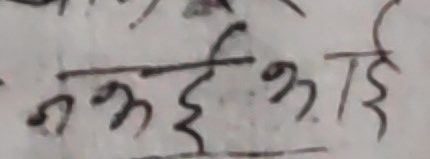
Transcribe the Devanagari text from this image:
मभुर्भाई